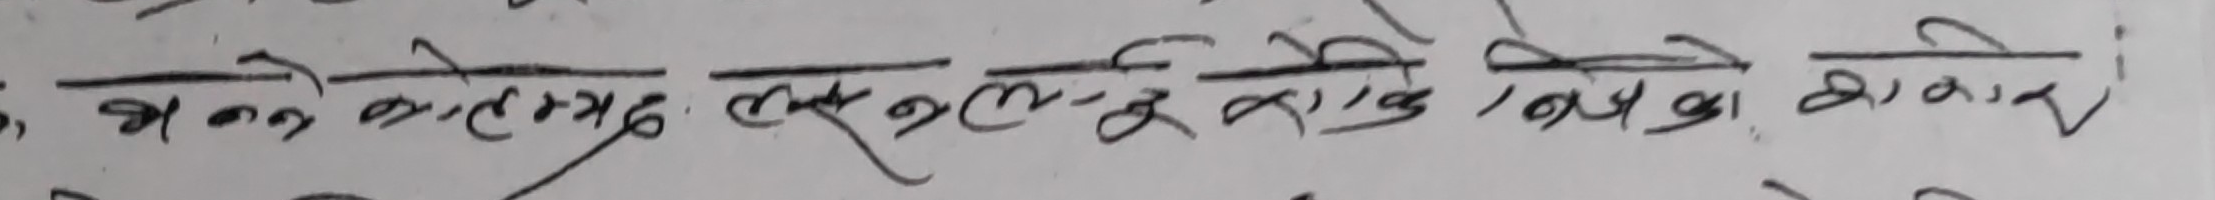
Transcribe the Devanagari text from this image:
भन्नु काले मग लुरु लुरु पाई बसेका साकार